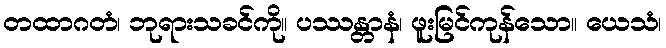
တထာဂတံ၊ ဘုရားသခင်ကို။ ပဿန္တာနံ၊ ဖူးမြင်ကုန်သော။ ယေသံ၊